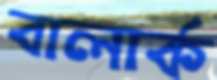
বালার্ক